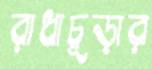
রাধাচূড়ার